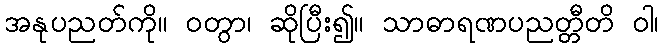
အနုပညတ်ကို။ ဝတွာ၊ ဆိုပြီး၍။ သာဓာရဏပညတ္တီတိ ဝါ၊